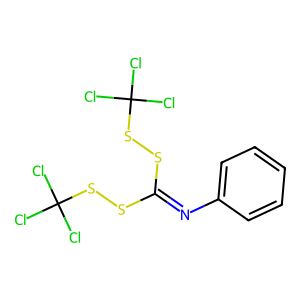
SMILES: ClC(Cl)(Cl)SSC(=Nc1ccccc1)SSC(Cl)(Cl)Cl
Inhibits HIV replication: No